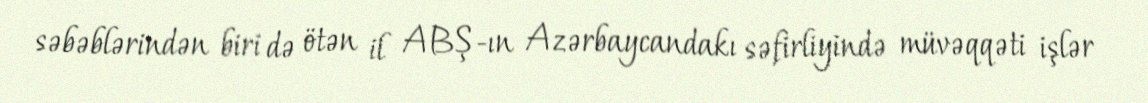
səbəblərindən biri də ötən il ABŞ-ın Azərbaycandakı səfirliyində müvəqqəti işlər